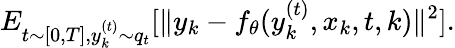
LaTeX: E_{t\sim[0,T],y_{k}^{(t)}\sim q_{t}}[\| y_{k}-f_{\theta}(y_{k}^{(t)},x_{k},t,k)\| ^{2}].